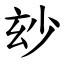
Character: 玅